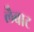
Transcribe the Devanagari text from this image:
लैबाट